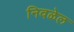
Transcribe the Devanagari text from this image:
निवळेल